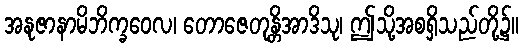
အနုဇာနာမိဘိက္ခဝေလ၊ တောဇေတုန္တိအာဒိသု၊ ဤသို့အစရှိသည်တို့၌။